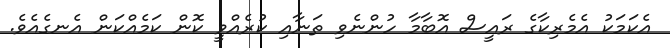
އެކަމަކު އެމެރިކާގެ ރައީސް އޮބާމާ ހުންނެވި ތަނާއި ކުރެއްވީ ކޮން ކަމެއްކަން އެނގެއެވެ.